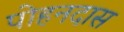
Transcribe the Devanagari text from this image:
पोहनदास